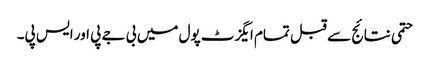
حتمی نتائج سے قبل تمام ایگزٹ پول میں بی جے پی اور ایس پی۔